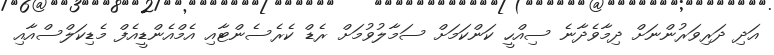
އަދި ދަރިވަރުންނަށް ދިމާވެދާނެ ސިއްހީ ކަންކަމަށް ސަމާލުވުމަށް ރެޑް ކެރެސެންޓާއި އެމްއެންޑީއެފް މެޑިކަލްސްއާއި